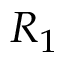
R _ { 1 }